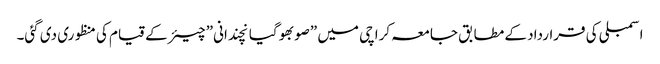
اسمبلی کی قرارداد کے مطابق جامعہ کراچی میں ”صوبھوگیانچندانی” چیئر کے قیام کی منظوری دی گئی۔